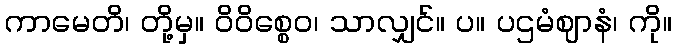
ကာမေတိ၊ တို့မှ။ ဝိဝိစ္စေဝ၊ သာလျှင်။ ပ။ ပဌမံဈာနံ၊ ကို။